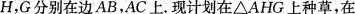
H，G分别在边AB，AC上。现计划在△AHG上种草，在